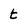
Character: t